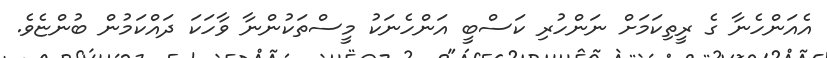
އެއަންހެނާ ގެ ރީތިކަމަށް ނަންހުރި ކަސްބީ އަންހެނަކު މީސްތަކުންނާ ވާހަކަ ދައްކަމުން ބުންޏެވެ.